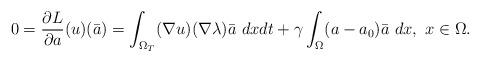
LaTeX: \begin{align*} 0 = \frac{\partial L}{\partial a}(u)(\bar{a}) = \int_{\Omega_T} (\nabla u) (\nabla \lambda) \bar{a} ~dxdt +\gamma \int_{\Omega} (a - a_0) \bar{a}~dx,~ x \in \Omega.\end{align*}